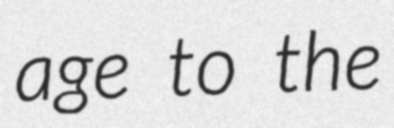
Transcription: age to the